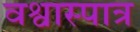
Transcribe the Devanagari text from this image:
वश्वास्पात्र